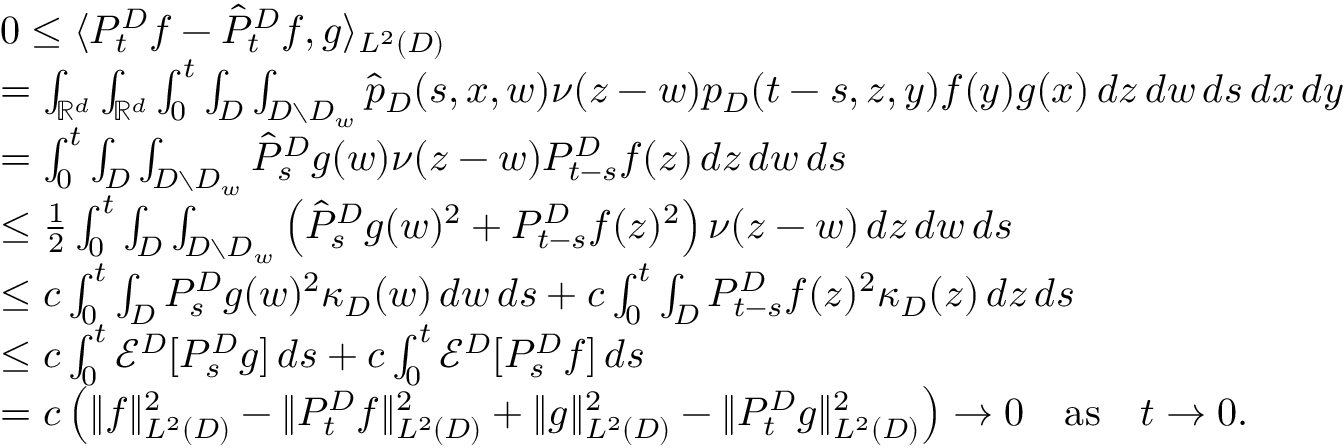
\begin{array} { r l } & { 0 \leq \langle P _ { t } ^ { D } f - \hat { P } _ { t } ^ { D } f , g \rangle _ { L ^ { 2 } ( D ) } } \\ & { = \int _ { \mathbb { R } ^ { d } } \int _ { \mathbb { R } ^ { d } } \int _ { 0 } ^ { t } \int _ { D } \int _ { D \setminus D _ { w } } \hat { p } _ { D } ( s , x , w ) \nu ( z - w ) p _ { D } ( t - s , z , y ) f ( y ) g ( x ) \, d z \, d w \, d s \, d x \, d y } \\ & { = \int _ { 0 } ^ { t } \int _ { D } \int _ { D \setminus D _ { w } } \hat { P } _ { s } ^ { D } g ( w ) \nu ( z - w ) P _ { t - s } ^ { D } f ( z ) \, d z \, d w \, d s } \\ & { \leq \frac { 1 } { 2 } \int _ { 0 } ^ { t } \int _ { D } \int _ { D \setminus D _ { w } } \left( \hat { P } _ { s } ^ { D } g ( w ) ^ { 2 } + P _ { t - s } ^ { D } f ( z ) ^ { 2 } \right) \nu ( z - w ) \, d z \, d w \, d s } \\ & { \leq c \int _ { 0 } ^ { t } \int _ { D } P _ { s } ^ { D } g ( w ) ^ { 2 } \kappa _ { D } ( w ) \, d w \, d s + c \int _ { 0 } ^ { t } \int _ { D } P _ { t - s } ^ { D } f ( z ) ^ { 2 } \kappa _ { D } ( z ) \, d z \, d s } \\ & { \leq c \int _ { 0 } ^ { t } \mathcal { E } ^ { D } [ P _ { s } ^ { D } g ] \, d s + c \int _ { 0 } ^ { t } \mathcal { E } ^ { D } [ P _ { s } ^ { D } f ] \, d s } \\ & { = c \left( \| f \| _ { L ^ { 2 } ( D ) } ^ { 2 } - \| P _ { t } ^ { D } f \| _ { L ^ { 2 } ( D ) } ^ { 2 } + \| g \| _ { L ^ { 2 } ( D ) } ^ { 2 } - \| P _ { t } ^ { D } g \| _ { L ^ { 2 } ( D ) } ^ { 2 } \right) \to 0 \quad \mathrm { a s } \quad t \to 0 . } \end{array}